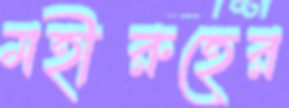
মহীরুহের